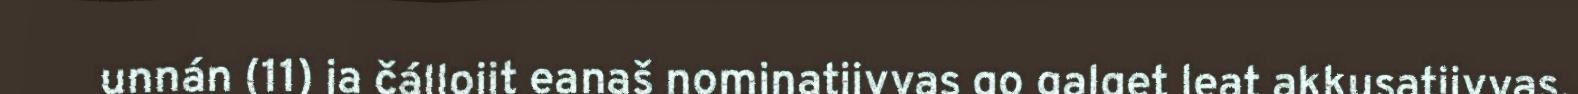
unnán (11) ja čállojit eanaš nominatiivvas go galget leat akkusatiivvas.